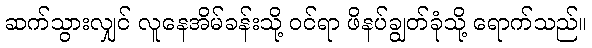
ဆက်သွားလျှင် လူနေအိမ်ခန်းသို့ ဝင်ရာ ဖိနပ်ချွတ်ခုံသို့ ရောက်သည်။